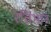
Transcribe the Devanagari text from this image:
रतिभान